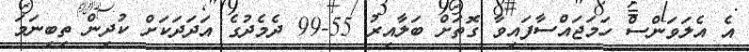
އެ އެލަވަންސް ހަމަޖައްސާފައިވާ ގޮތަށް ބަލާއިރު 55-99 ދެމެދުގެ އަދަދަކަށް ކުދިން ތިބިނަމަ